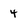
Character: 4